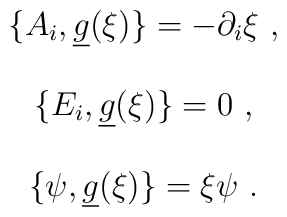
\begin{array}{c}\{A_i,\underline{g}(\xi )\}=-\partial _i\xi \ , \\  \\\{E_i,\underline{g}(\xi )\}=0\ , \\  \\\{\psi ,\underline{g}(\xi )\}=\xi \psi \ .\end{array}